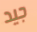
جيد